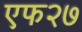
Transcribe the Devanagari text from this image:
एफ२७